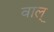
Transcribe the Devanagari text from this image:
वाल्